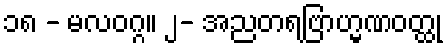
၁၈ - မလဝဂ္ဂ။ ၂- အညတရဗြာဟ္မဏဝတ္ထု